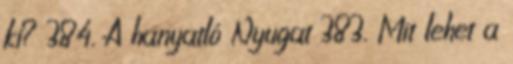
ki? 384. A hanyatló Nyugat 383. Mit lehet a